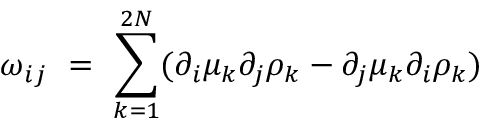
\omega _ { i j } \ = \ \sum _ { k = 1 } ^ { 2 N } ( \partial _ { i } \mu _ { k } \partial _ { j } \rho _ { k } - \partial _ { j } \mu _ { k } \partial _ { i } \rho _ { k } )